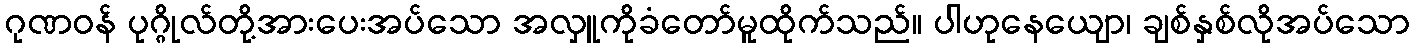
ဂုဏဝန် ပုဂ္ဂိုလ်တို့အားပေးအပ်သော အလှူကိုခံတော်မူထိုက်သည်။ ပါဟုနေယျော၊ ချစ်နှစ်လိုအပ်သော